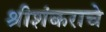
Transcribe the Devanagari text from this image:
श्रीशंकराचे